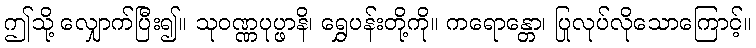
ဤသို့ လျှောက်ပြီး၍။ သုဝဏ္ဏပုပ္ဖာနိ၊ ရွှေပန်းတို့ကို။ ကရောန္တော၊ ပြုလုပ်လိုသောကြောင့်။